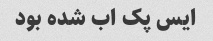
ایس پک اب شده بود